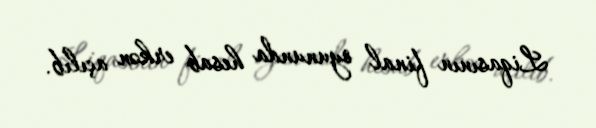
Liqasının final oyununda hesab erkən açılıb.